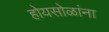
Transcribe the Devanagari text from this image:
होयसोळांना